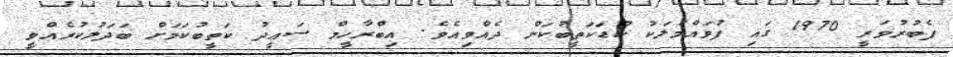
ފެބުރުވަރީ 1970 ގައި ފުވައްމުލަކު ކުޑަކަތީބުކަން ދެއްވިއެވެ. އިބްރާހީމް ސަޢީދު ކަތީބުކަމަށް ބަދަލުކުރެއްވީ